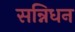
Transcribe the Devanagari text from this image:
सन्निधन